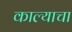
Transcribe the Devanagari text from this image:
काल्याचा